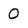
Character: 0